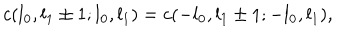
c ( l _ { 0 } , l _ { 1 } \pm 1 ; l _ { 0 } , l _ { 1 } ) = c ( - l _ { 0 } , l _ { 1 } \pm 1 ; - l _ { 0 } , l _ { 1 } ) ,